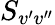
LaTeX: S_{v^{\prime}v^{\prime\prime}}